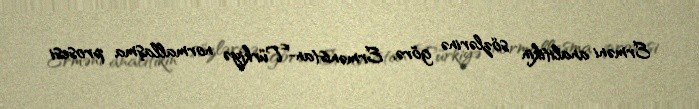
Erməni analitikin sözlərinə görə, Ermənistan-Türkiyə normallaşma prosesi